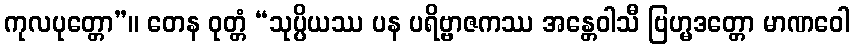
ကုလပုတ္တော”။ တေန ဝုတ္တံ “သုပ္ပိယဿ ပန ပရိဗ္ဗာဇကဿ အန္တေဝါသီ ဗြဟ္မဒတ္တော မာဏဝေါ